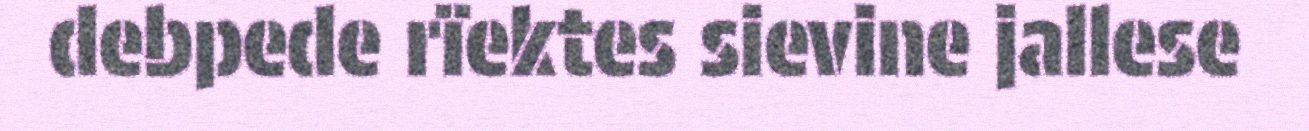
debpede rïektes sievine jallese